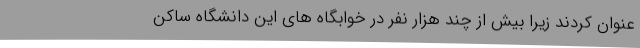
عنوان کردند زیرا بیش از چند هزار نفر در خوابگاه های این دانشگاه ساکن